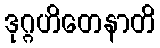
ဒုဂ္ဂဟိတေနာတိ